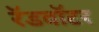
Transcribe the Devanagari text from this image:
रॅडवॉटर